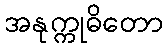
အနုက္ကုဓိတော